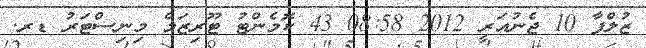
ޒުލްފާ 10 ޖެނުއަރީ 2012 08:58 43 ކޮމެންޓު ޓޫރިޒަމް މިނިސްޓަރު ޑރ.